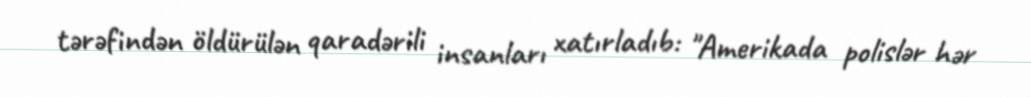
tərəfindən öldürülən qaradərili insanları xatırladıb: "Amerikada polislər hər